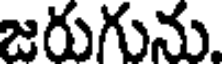
జరుగును.